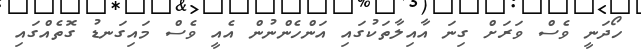
ހޯދަނީ ވެސް ވަރަށް ގިނަ އާއިލާތަކުގައި އަންހެންނުން އެއީ ވެސް މައިގަނޑު ގޮތެއްގައި